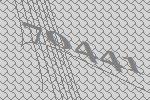
70441